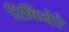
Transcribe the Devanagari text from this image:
रिवियेरे